Report of the Indian Hemp Drugs Commission, 1894-1895 - Volume IV
Year: 1894
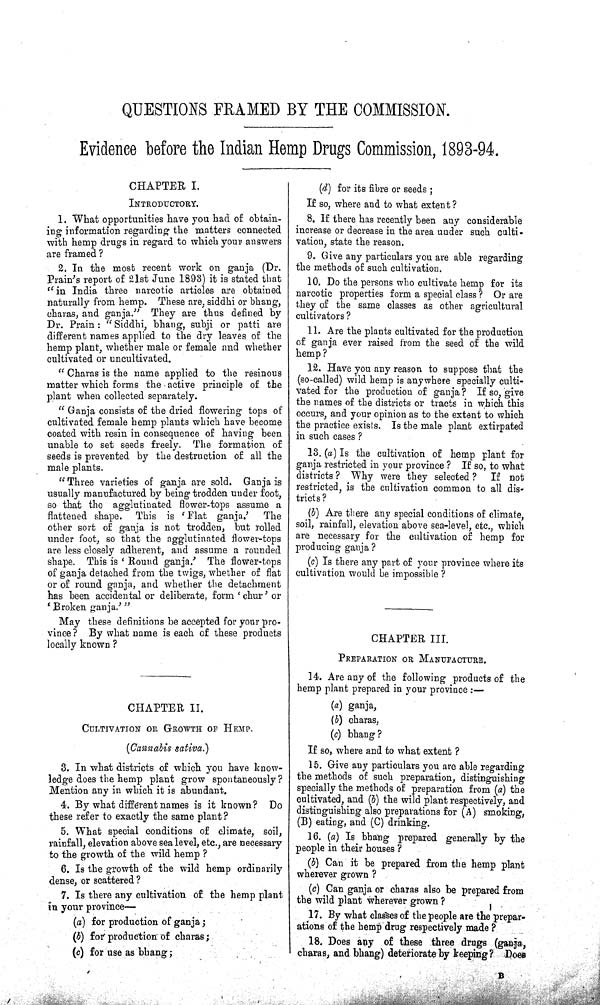
QUESTIONS FRAMED BY THE COMMISSION.
Evidence before the Indian Hemp Drugs Commission, 1893-94.
CHAPTER I.
INTRODUCTORY.
1. What opportunities have you had of obtain-
ing information regarding the matters connected
with hemp drugs in regard to which your answers
are framed?
2. In the most recent work on ganja (Dr.
Prain's report of 21st June 1893) it is stated that
"in India three narcotic articles are obtained
naturally from hemp. These are, siddhi or bhang,
charas, and ganja." They are thus defined by
Dr. Prain: "Siddhi, bhang, subji or patti are
different names applied to the dry leaves of the
hemp plant, whether male or female and whether
cultivated or uncultivated.
"Charas is the name applied to the resinous
matter which forms the active principle of the
plant when collected separately.
"Ganja consists of the dried flowering tops of
cultivated female hemp plants which have become
coated with resin in consequence of having been
unable to set seeds freely. The formation of
seeds is prevented by the destruction of all the
male plants.
"Three varieties of ganja are sold. Ganja is
usually manufactured by being trodden under foot,
so that the agglutinated flower-tops assume a
flattened shape. This is 'Flat ganja.' The
other sort of ganja is not trodden, but rolled
under foot, so that the agglutinated flower-tops
are less closely adherent, and assume a rounded
shape. This is 'Round ganja.' The flower-tops
of ganja detached from the twigs, whether of flat
or of round ganja, and whether the detachment
has been accidental or deliberate, form 'chur' or
'Broken ganja.'"
May these definitions be accepted for your pro-
vince? By what name is each of these products
locally known?
CHAPTER II.
CULTIVATION OR GROWTH OF HEMP.
(Cannabis sativa.)
3. In what districts of which you have know-
ledge does the hemp plant grow spontaneously?
Mention any in which it is abundant.
4. By what different names is it known? Do
these refer to exactly the same plant?
5. What special conditions of climate, soil,
rainfall, elevation above sea level, etc., are necessary
to the growth of the wild hemp?
6. Is the growth of the wild hemp ordinarily
dense, or scattered?
7. Is there any cultivation of the hemp plant
in your province—
(a) for production of ganja;
(b) for production of charas;
(c) for use as bhang;
(d) for its fibre or seeds;
If so, where and to what extent?
8. If there has recently been any considerable
increase or decrease in the area under such culti-
vation, state the reason.
9. Give any particulars you are able regarding
the methods of such cultivation.
10. Do the persons who cultivate hemp for its
narcotic properties form a special class? Or are
they of the same classes as other agricultural
cultivators?
11. Are the plants cultivated for the production
of ganja ever raised from the seed of the wild
hemp?
12. Have you any reason to suppose that the
(so-called) wild hemp is anywhere specially culti-
vated for the production of ganja? If so, give
the names of the districts or tracts in which this
occurs, and your opinion as to the extent to which
the practice exists. Is the male plant extirpated
in such cases?
13. (a) Is the cultivation of hemp plant for
ganja restricted in your province? If so, to what
districts? Why were they selected? If not
restricted, is the cultivation common to all dis-
tricts?
(b) Are there any special conditions of climate,
soil, rainfall, elevation above sea-level, etc., which
are necessary for the cultivation of hemp for
producing ganja?
(c) Is there any part of your province where its
cultivation would be impossible?
CHAPTER III.
PREPARATION OR MANUFACTURE.
14. Are any of the following products of the
hemp plant prepared in your province:—
(a) ganja,
(b) charas,
(c) bhang?
If so, where and to what extent?
15. Give any particulars you are able regarding
the methods of such preparation, distinguishing
specially the methods of preparation from (a) the
cultivated, and (b) the wild plant respectively, and
distinguishing also preparations for (A) smoking,
(B) eating, and (C) drinking.
16. (a) Is bhang prepared generally by the
people in their houses?
(b) Can it be prepared from the hemp plant
wherever grown?
(c) Can ganja or charas also be prepared from
the wild plant wherever grown?
17. By what classes of the people are the prepar-
ations of the hemp drug respectively made?
18. Does any of these three drugs (ganja,
charas, and bhang) deteriorate by keeping? Does
B